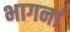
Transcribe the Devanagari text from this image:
भागनां